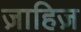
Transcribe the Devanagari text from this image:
ज़ाहिज़